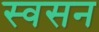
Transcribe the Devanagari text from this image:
स्वसन